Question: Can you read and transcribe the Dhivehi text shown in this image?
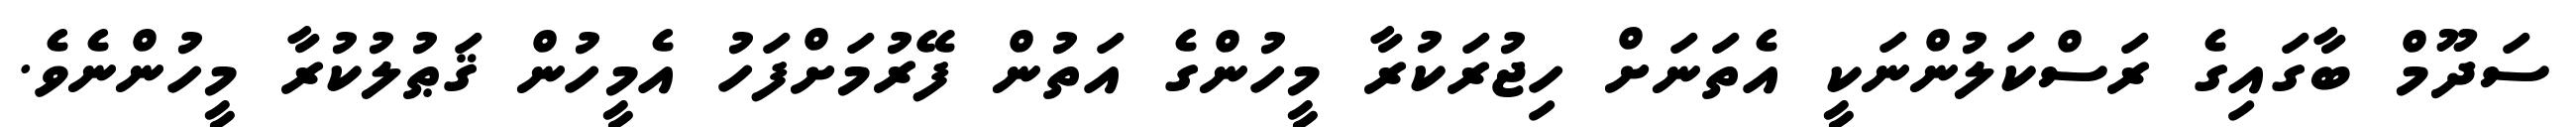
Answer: ސަދޫމް ބާގައިގެ ރަސްކަލުންނަކީ އެތަނަށް ހިޖުރަކުރާ މީހުންގެ އަތުން ފޭރުމަށްފަހު އެމީހުން ޤަޠުލުކުރާ މީހުންނެވެ.